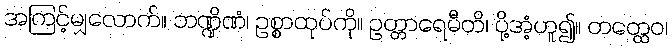
အကြင့်မျှလောက်။ ဘဏ္ဍိဏံ၊ ဥစ္စာထုပ်ကို။ ဥတ္တာရေမီတိ၊ ပို့အံ့ဟူ၍။ တတ္ထေဝ၊